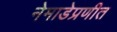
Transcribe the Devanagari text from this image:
नेमाडेप्रणीत